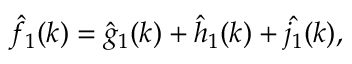
\hat { f } _ { 1 } ( k ) = \hat { g } _ { 1 } ( k ) + \hat { h } _ { 1 } ( k ) + \hat { j _ { 1 } } ( k ) ,